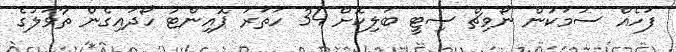
ފަހެއް ސުމަކުން ނޯވިޗް ސިޓީ ބަލިކޮށް 34 ހަތަރު ޕޮއިންޓު ހޯދައިގެން ތާވަލުގެ